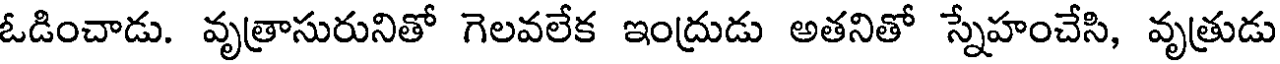
ఓడించాడు. వృత్రాసురునితో గెలవలేక ఇంద్రుడు అతనితో స్నేహంచేసి, వృత్రుడు